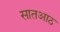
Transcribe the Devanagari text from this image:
सातआठ